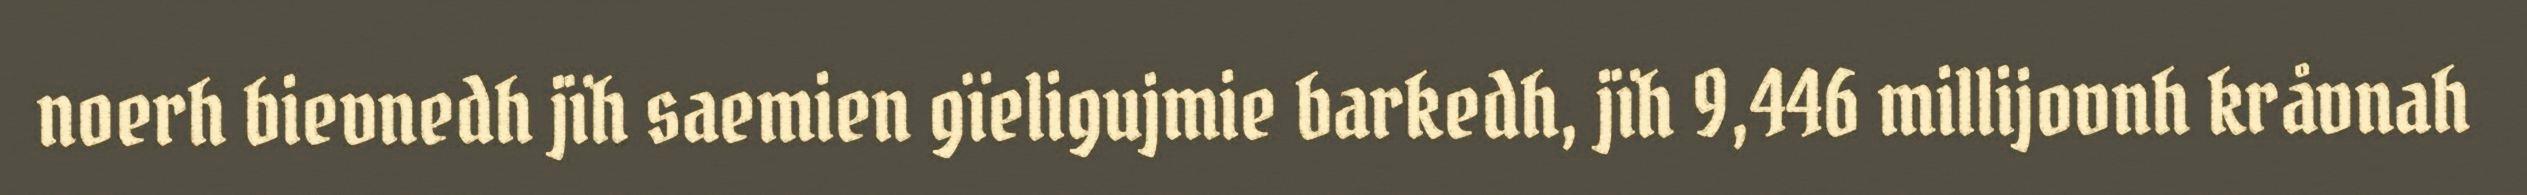
noerh bievnedh jïh saemien gïeligujmie barkedh, jïh 9,446 millijovnh kråvnah